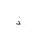
Letter: _thal